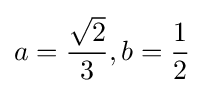
a={\frac {\sqrt {2}}{3}},b={\frac {1}{2}}